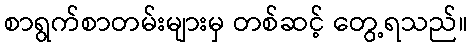
စာရွက်စာတမ်းများမှ တစ်ဆင့် တွေ့ရသည်။